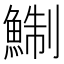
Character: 鯯